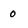
Character: 0